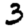
Digit: 3